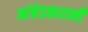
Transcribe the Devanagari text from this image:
आंबेडकरानी